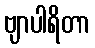
ဗျာပါရိတာ